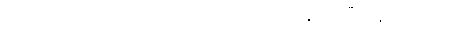
ဓိက္ကတာ ဥဒရဝါတော ကာလံကရောတိ အနုပုဗ္ဗဂမ္ဘီရံ နိရယဂတိ